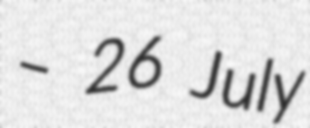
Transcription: – 26 July